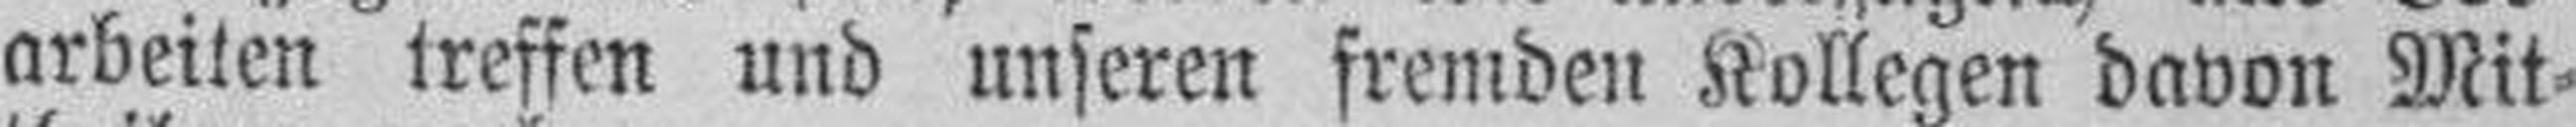
arbeiten treffen und unseren fremden Kollegen davon Mit¬